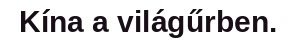
Kína a világűrben.